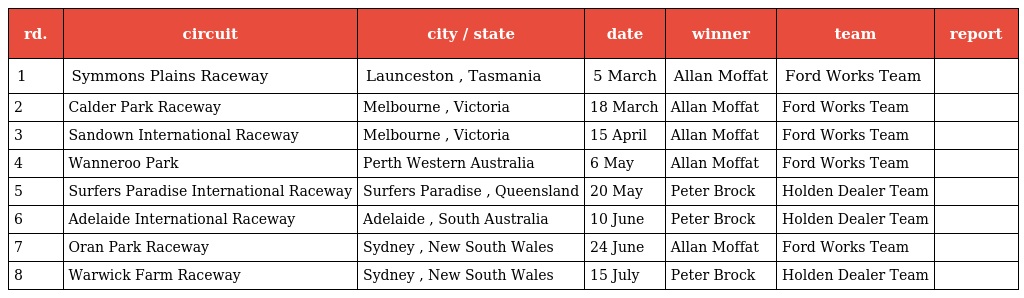
| rd. | circuit | city / state | date | winner | team | report |
 | --- | --- | --- | --- | --- | --- | --- |
 | 1 | Symmons Plains Raceway | Launceston , Tasmania | 5 March | Allan Moffat | Ford Works Team |  |
 | 2 | Calder Park Raceway | Melbourne , Victoria | 18 March | Allan Moffat | Ford Works Team |  |
 | 3 | Sandown International Raceway | Melbourne , Victoria | 15 April | Allan Moffat | Ford Works Team |  |
 | 4 | Wanneroo Park | Perth Western Australia | 6 May | Allan Moffat | Ford Works Team |  |
 | 5 | Surfers Paradise International Raceway | Surfers Paradise , Queensland | 20 May | Peter Brock | Holden Dealer Team |  |
 | 6 | Adelaide International Raceway | Adelaide , South Australia | 10 June | Peter Brock | Holden Dealer Team |  |
 | 7 | Oran Park Raceway | Sydney , New South Wales | 24 June | Allan Moffat | Ford Works Team |  |
 | 8 | Warwick Farm Raceway | Sydney , New South Wales | 15 July | Peter Brock | Holden Dealer Team |  |